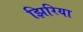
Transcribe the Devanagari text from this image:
झिरिया